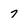
Character: 7